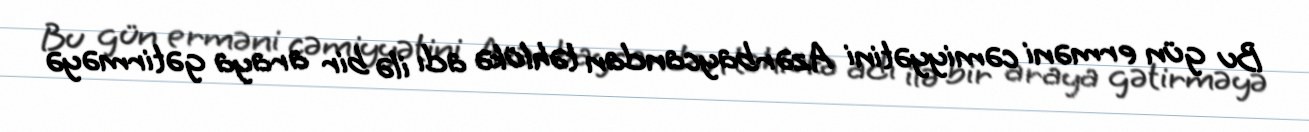
Bu gün erməni cəmiyyətini Azərbaycandan təhlükə adı ilə bir araya gətirməyə